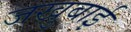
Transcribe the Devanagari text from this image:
जखुबाई